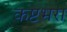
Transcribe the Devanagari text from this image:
कष्टभरा